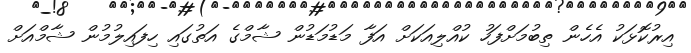
އިރުކޮޅަކު އެހެން ތިބުމަށްފަހު ކުއްލިއަކަށް އަފާ މަޑުމަޑުން ޝާމްގެ އަތުގައި ހިފައިލުމުން ޝާމްއަށް